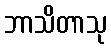
ဘာသိတာသု